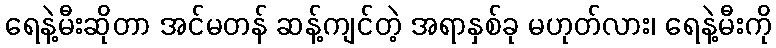
ရေနဲ့မီးဆိုတာ အင်မတန် ဆန့်ကျင်တဲ့ အရာနှစ်ခု မဟုတ်လား၊ ရေနဲ့မီးကို